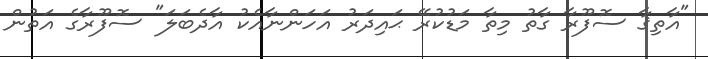
"އާތިޤާ ސޮފޫރާ ގާތު މިތާ މަޑުކުރޭ ޙައިދަރު އަހަންނާއެކު އާދެބަލަ" ސޮފޫރާގެ އަތުން